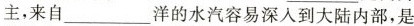
主，来自________ 洋的水汽容易深入到大陆内部，是